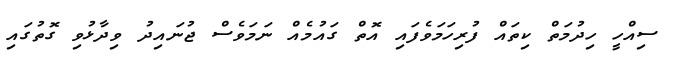
ސިއްހީ ހިދުމަތް ކިތައް ފުރިހަމަވެފައި އޮތް ގައުމެއް ނަމަވެސް ޖުނައިދު ވިދާޅުވި ގޮތުގައި